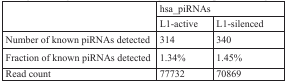
<table><thead><tr><td rowspan="2"></td><td colspan="2"><b>hsa_piRNAs</b></td></tr><tr><td><b>L1-active</b></td><td><b>L1-silenced</b></td></tr></thead><tbody><tr><td>Number of known piRNAs detected</td><td>314</td><td>340</td></tr><tr><td>Fraction of known piRNAs detected</td><td>1.34%</td><td>1.45%</td></tr><tr><td>Read count</td><td>77732</td><td>70869</td></tr></tbody></table>